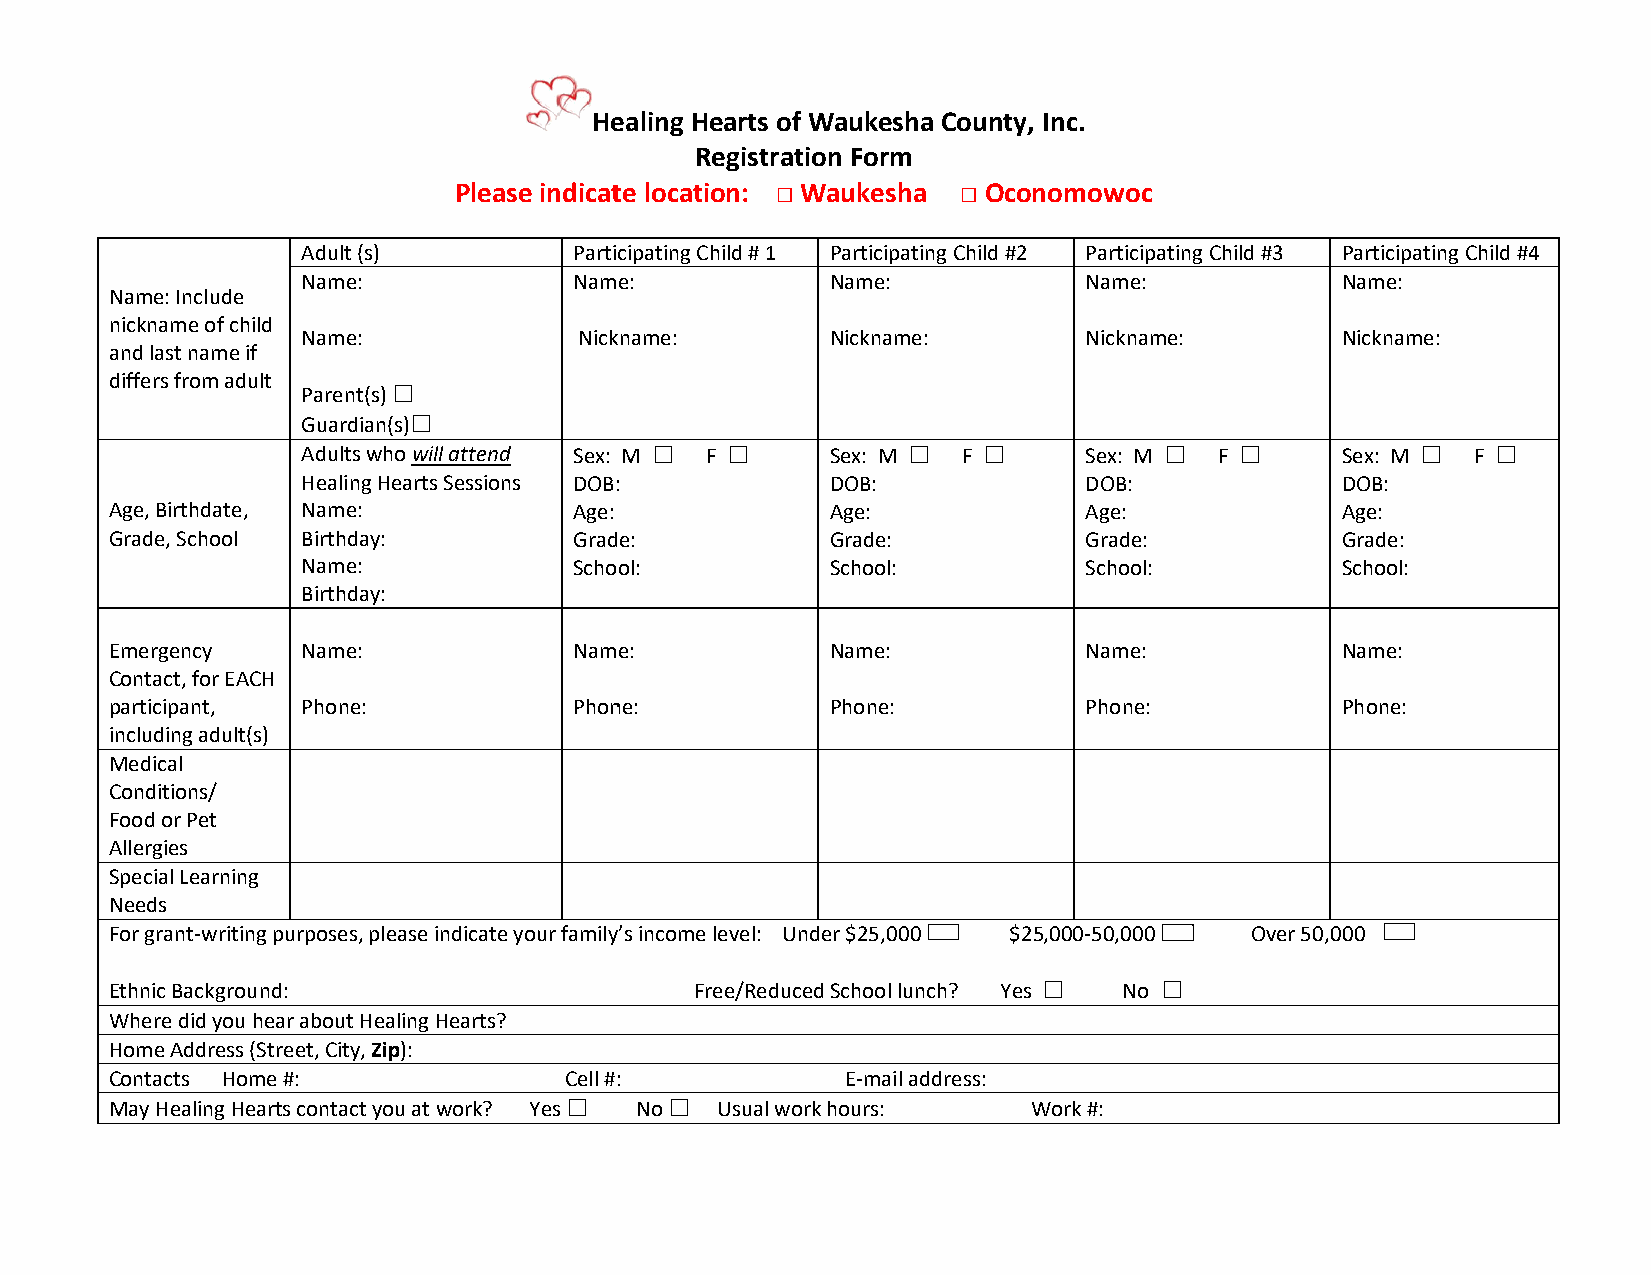
HHeeaalliinngg HHeeaarrttss ooff WWaauukkeesshhaa CCoouunnttyy,, IInncc..
 Registration Form
 PPlleeaassee iinnddiiccaattee llooccaattiioonn:: □ Waukesha □ Oconomowoc
 Adult (s)         PPaarrttiicciippaattiinngg CChhiilldd ## 11 Participating Child #2 PPaarrttiicciippaattiinngg CChhiilldd ##33 Participating Child #4
 Name:             NNaammee::       Name:            Name:            Name:
 Name: Include
 nickname of child
 Name:             NNiicckknnaammee:: Nickname:      Nickname:        Nickname:
 and last name if
 differs from adult
 Parent(s) ☐
 Guardian(s)☐
 Adults who will attend SSeexx:: MM ☐ F ☐ Sex: M ☐ F ☐ Sex: M ☐ FF ☐  Sex: M ☐ F ☐
 Healing Hearts Sessions DDOOBB::   DOB:             DOB:             DOB:
 Age, Birthdate, Name:          Age:             Age:             Age:             Age:
 Grade, School Birthday:        GGrraaddee::     Grade:           Grade:           Grade:
 Name:             SScchhooooll::   School:          School:          School:
 Birthday:
 Emergency    Name:             NNaammee::       Name:            Name:            Name:
 Contact, for EACH
 participant, Phone:            PPhhoonnee::     Phone:           Phone:           Phone:
 including adult(s)
 Medical
 Conditions/
 Food or Pet
 Allergies
 Special Learning
 Needs
 For grant-writing purposes, pplleeaassee iinnddiiccaattee yyoouurr ffaammiillyy’’ss iinnccoommee lleevveell:: UUnnddeerr $$2255,,000000 $25,000-50,000 Over 50,000
 EEtthhnniicc BBaacckkggrroouunndd::    FFrreeee//RReedduucceedd SScchhooooll lluunncchh?? Yes ☐ No ☐
 Where did you hear about Healing Hearts?
 Home Address (Street, City, Zip):
 CCoonnttaaccttss HHoommee ##:: CCeellll ##::     EE-mail address:
 May Healing Hearts contact you at work? Yes ☐ No ☐ Usual work hours: Work #: